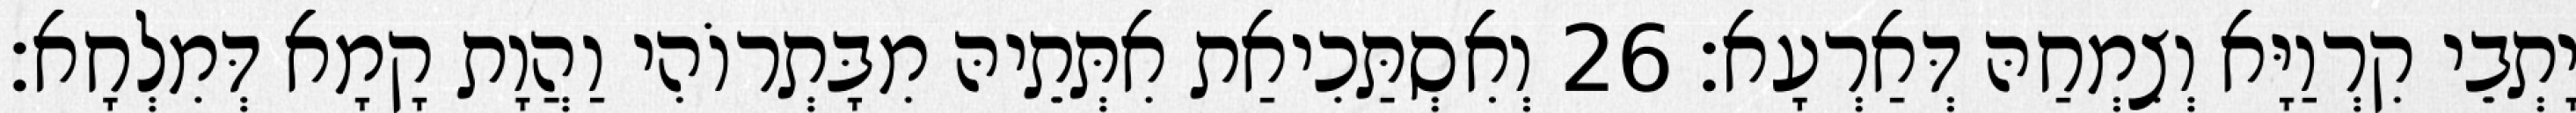
יָתְבֵי קִרְוַיָּא וְצִמְחַהּ דְּאַרְעָא׃ 26 וְאִסְתַּכִיאַת אִתְּתֵיהּ מִבָּתְרוֹהִי וַהֲוָת קָמָא דְּמִלְחָא׃